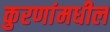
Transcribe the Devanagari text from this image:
कुरणांमधील